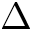
\Delta